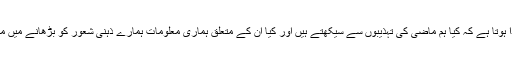
یہاں یہ سوال پیدا ہوتا ہے کہ کیا ہم ماضی کی تہذیبوں سے سیکھتے ہیں اور کیا ان کے متعلق ہماری معلومات ہمارے ذہنی شعور کو بڑھانے میں مددگار ہوتی ہیں؟